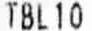
TBL10